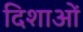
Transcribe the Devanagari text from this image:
दिशाआें